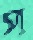
প্